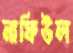
নাফিউল